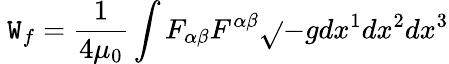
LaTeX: ~\mathtt{W}_{f}={\frac{{1}}{{4\mu_{0}}}}\int{F_{\alpha\beta}F^{\alpha\beta}{\sqrt{}{{-g}}}dx^{1}dx^{2}dx^{3}}